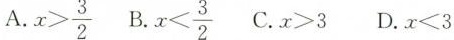
A. $$x > \frac { 3 } { 2 } $$ B. $$x < \frac { 3 } { 2 }$$ C. $$x > 3$$ D.$$x < 3$$